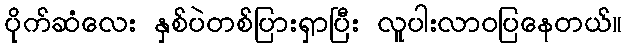
ပိုက်ဆံလေး နှစ်ပဲတစ်ပြားရှာပြီး လူပါးလာဝပြနေတယ်။